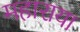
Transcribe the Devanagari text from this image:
महाराया